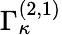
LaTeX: \Gamma_{\kappa}^{(2,1)}